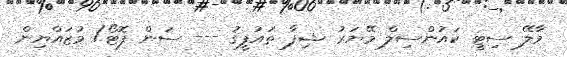
މާލޭ ސިޓީ ކައުންސިލް މޭޔަރު ޝިފާ ތައުފީޤު --- ސަން ފޮޓޯ/ މުޒައްޔިން